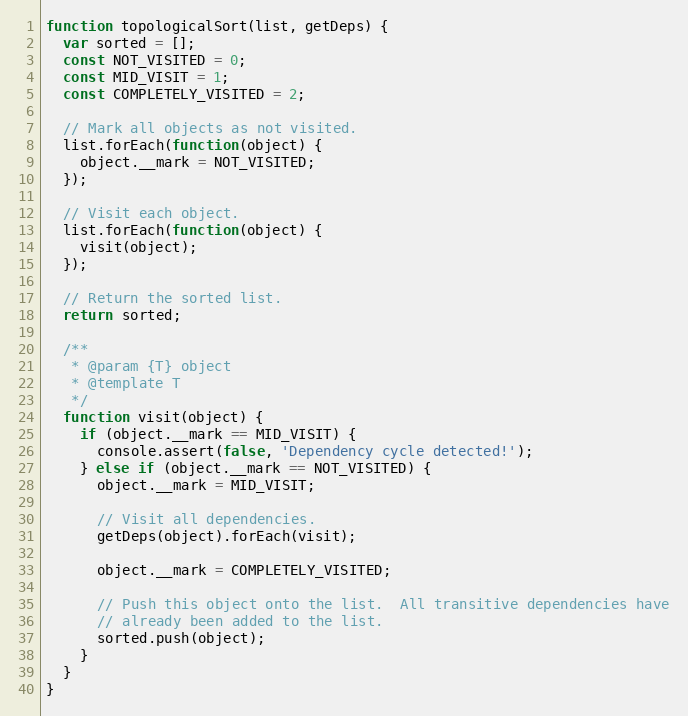
Language: JavaScript
function topologicalSort(list, getDeps) {
  var sorted = [];
  const NOT_VISITED = 0;
  const MID_VISIT = 1;
  const COMPLETELY_VISITED = 2;

  // Mark all objects as not visited.
  list.forEach(function(object) {
    object.__mark = NOT_VISITED;
  });

  // Visit each object.
  list.forEach(function(object) {
    visit(object);
  });

  // Return the sorted list.
  return sorted;

  /**
   * @param {T} object
   * @template T
   */
  function visit(object) {
    if (object.__mark == MID_VISIT) {
      console.assert(false, 'Dependency cycle detected!');
    } else if (object.__mark == NOT_VISITED) {
      object.__mark = MID_VISIT;

      // Visit all dependencies.
      getDeps(object).forEach(visit);

      object.__mark = COMPLETELY_VISITED;

      // Push this object onto the list.  All transitive dependencies have
      // already been added to the list.
      sorted.push(object);
    }
  }
}